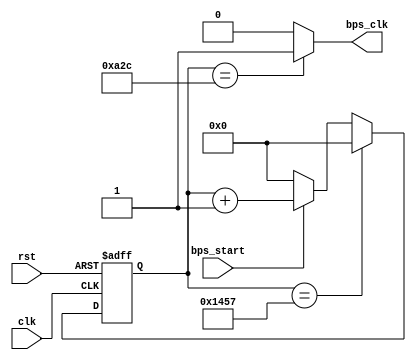
module bps_set_gy_26( 
	input clk,
	input rst,
	input bps_start,
	output bps_clk
    );
	reg[12:0]cnt_bps;
	parameter bps=13'd5208;  //(50_000_000/9600)
	always@(posedge clk or negedge rst)
	    begin
	    if(!rst)                 cnt_bps<= 13'd0;
	    else if(cnt_bps==bps-1'b1) cnt_bps<= 13'd0;
	    else if(bps_start)         cnt_bps<= cnt_bps+1'b1;
	    else                       cnt_bps<= 1'b0;
	    end
	assign bps_clk=(cnt_bps==13'd2604)?1'b1:1'b0;


endmodule